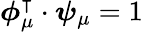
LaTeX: \boldsymbol{\phi}_{\mu}^{\intercal}\cdot\boldsymbol{\psi}_{\mu}=1